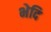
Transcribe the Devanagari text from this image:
भेदि